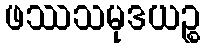
ဖဿသမုဒယဉ္စ